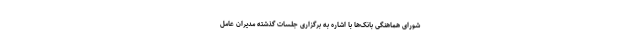
شورای هماهنگی بانک‌ها با اشاره به برگزاری جلسات گذشته مدیران عامل